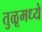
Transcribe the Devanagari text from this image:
तुळूमध्ये